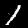
Label: 1